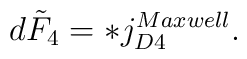
d\tilde F_4 = *j_{D4}^{Maxwell}.